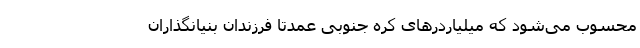
محسوب می‌شود که میلیاردر‌های کره جنوبی عمدتا فرزندان بنیانگذاران